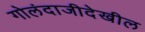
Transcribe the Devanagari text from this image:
गोलंदाजीदेखील